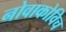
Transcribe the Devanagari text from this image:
नोवाकोविच